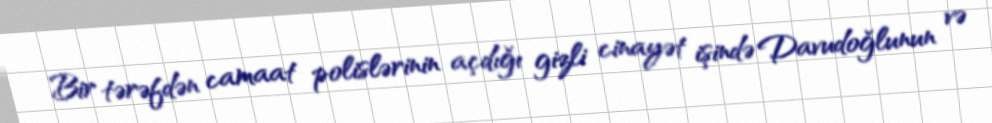
Bir tərəfdən camaat polislərinin açdığı gizli cinayət işində Davudoğlunun və